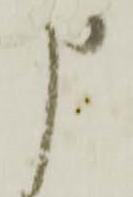
申